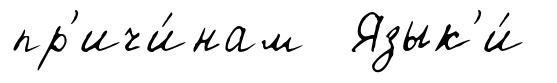
пр'ичи́нам Язык'и́